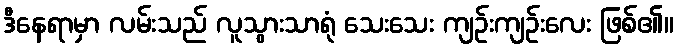
ဒီနေရာမှာ လမ်းသည် လူသွားသာရုံ သေးသေး ကျဉ်းကျဉ်းလေး ဖြစ်၏။